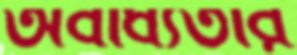
অবাধ্যতার